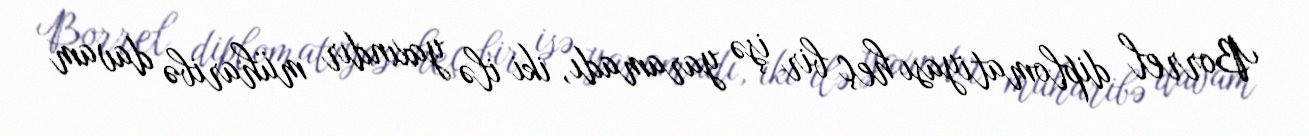
Borrel diplomatiyası heç bir işə yaramadı, iki ilə yaxındır müharibə davam